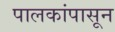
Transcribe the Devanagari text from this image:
पालकांपासून